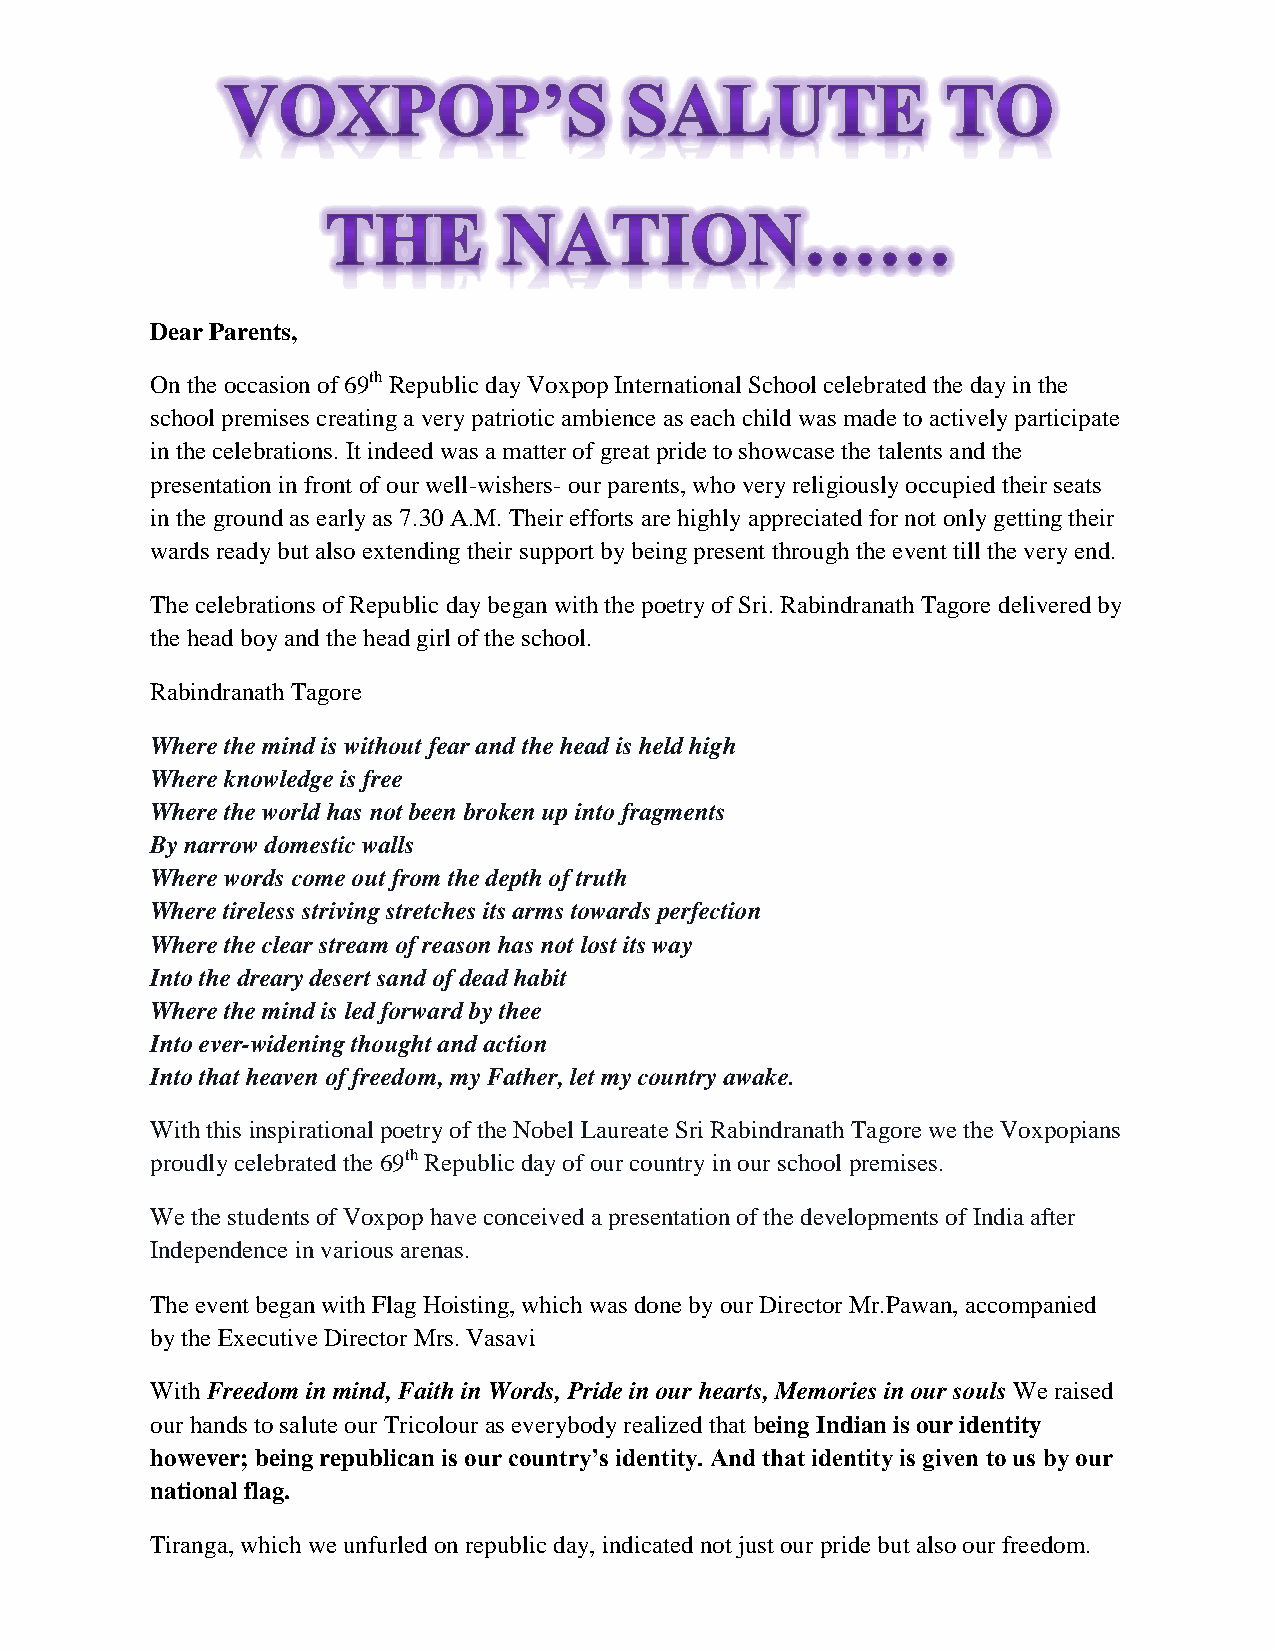
Dear Parents,
 On the occasion of 69th Republic day Voxpop International School celebrated the day in the
 school premises creating a very patriotic ambience as each child was made to actively participate
 in the celebrations. It indeed was a matter of great pride to showcase the talents and the
 presentation in front of our well-wishers- our parents, who very religiously occupied their seats
 in the ground as early as 7.30 A.M. Their efforts are highly appreciated for not only getting their
 wards ready but also extending their support by being present through the event till the very end.
 The celebrations of Republic day began with the poetry of Sri. Rabindranath Tagore delivered by
 the head boy and the head girl of the school.
 Rabindranath Tagore
 Where the mind is without fear and the head is held high
 Where knowledge is free
 Where the world has not been broken up into fragments
 By narrow domestic walls
 Where words come out from the depth of truth
 Where tireless striving stretches its arms towards perfection
 Where the clear stream of reason has not lost its way
 Into the dreary desert sand of dead habit
 Where the mind is led forward by thee
 Into ever-widening thought and action
 Into that heaven of freedom, my Father, let my country awake.
 With this inspirational poetry of the Nobel Laureate Sri Rabindranath Tagore we the Voxpopians
 proudly celebrated the 69th Republic day of our country in our school premises.
 We the students of Voxpop have conceived a presentation of the developments of India after
 Independence in various arenas.
 The event began with Flag Hoisting, which was done by our Director Mr.Pawan, accompanied
 by the Executive Director Mrs. Vasavi
 With Freedom in mind, Faith in Words, Pride in our hearts, Memories in our souls We raised
 our hands to salute our Tricolour as everybody realized that being Indian is our identity
 however; being republican is our country’s identity. And that identity is given to us by our
 national flag.
 Tiranga, which we unfurled on republic day, indicated not just our pride but also our freedom.